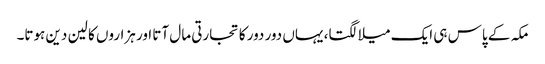
مکہ کے پاس ہی ایک میلا لگتا، یہاں دور دور کا تجارتی مال آتا اور ہزاروں کا لین دین ہوتا۔